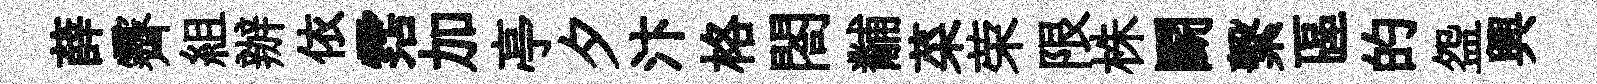
薛霽組辦依霑加亭夕汴格閤黼菜荣限株鬬繫區的盌興